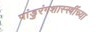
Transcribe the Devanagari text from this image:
पांडुरंगशास्स्त्रींच्या